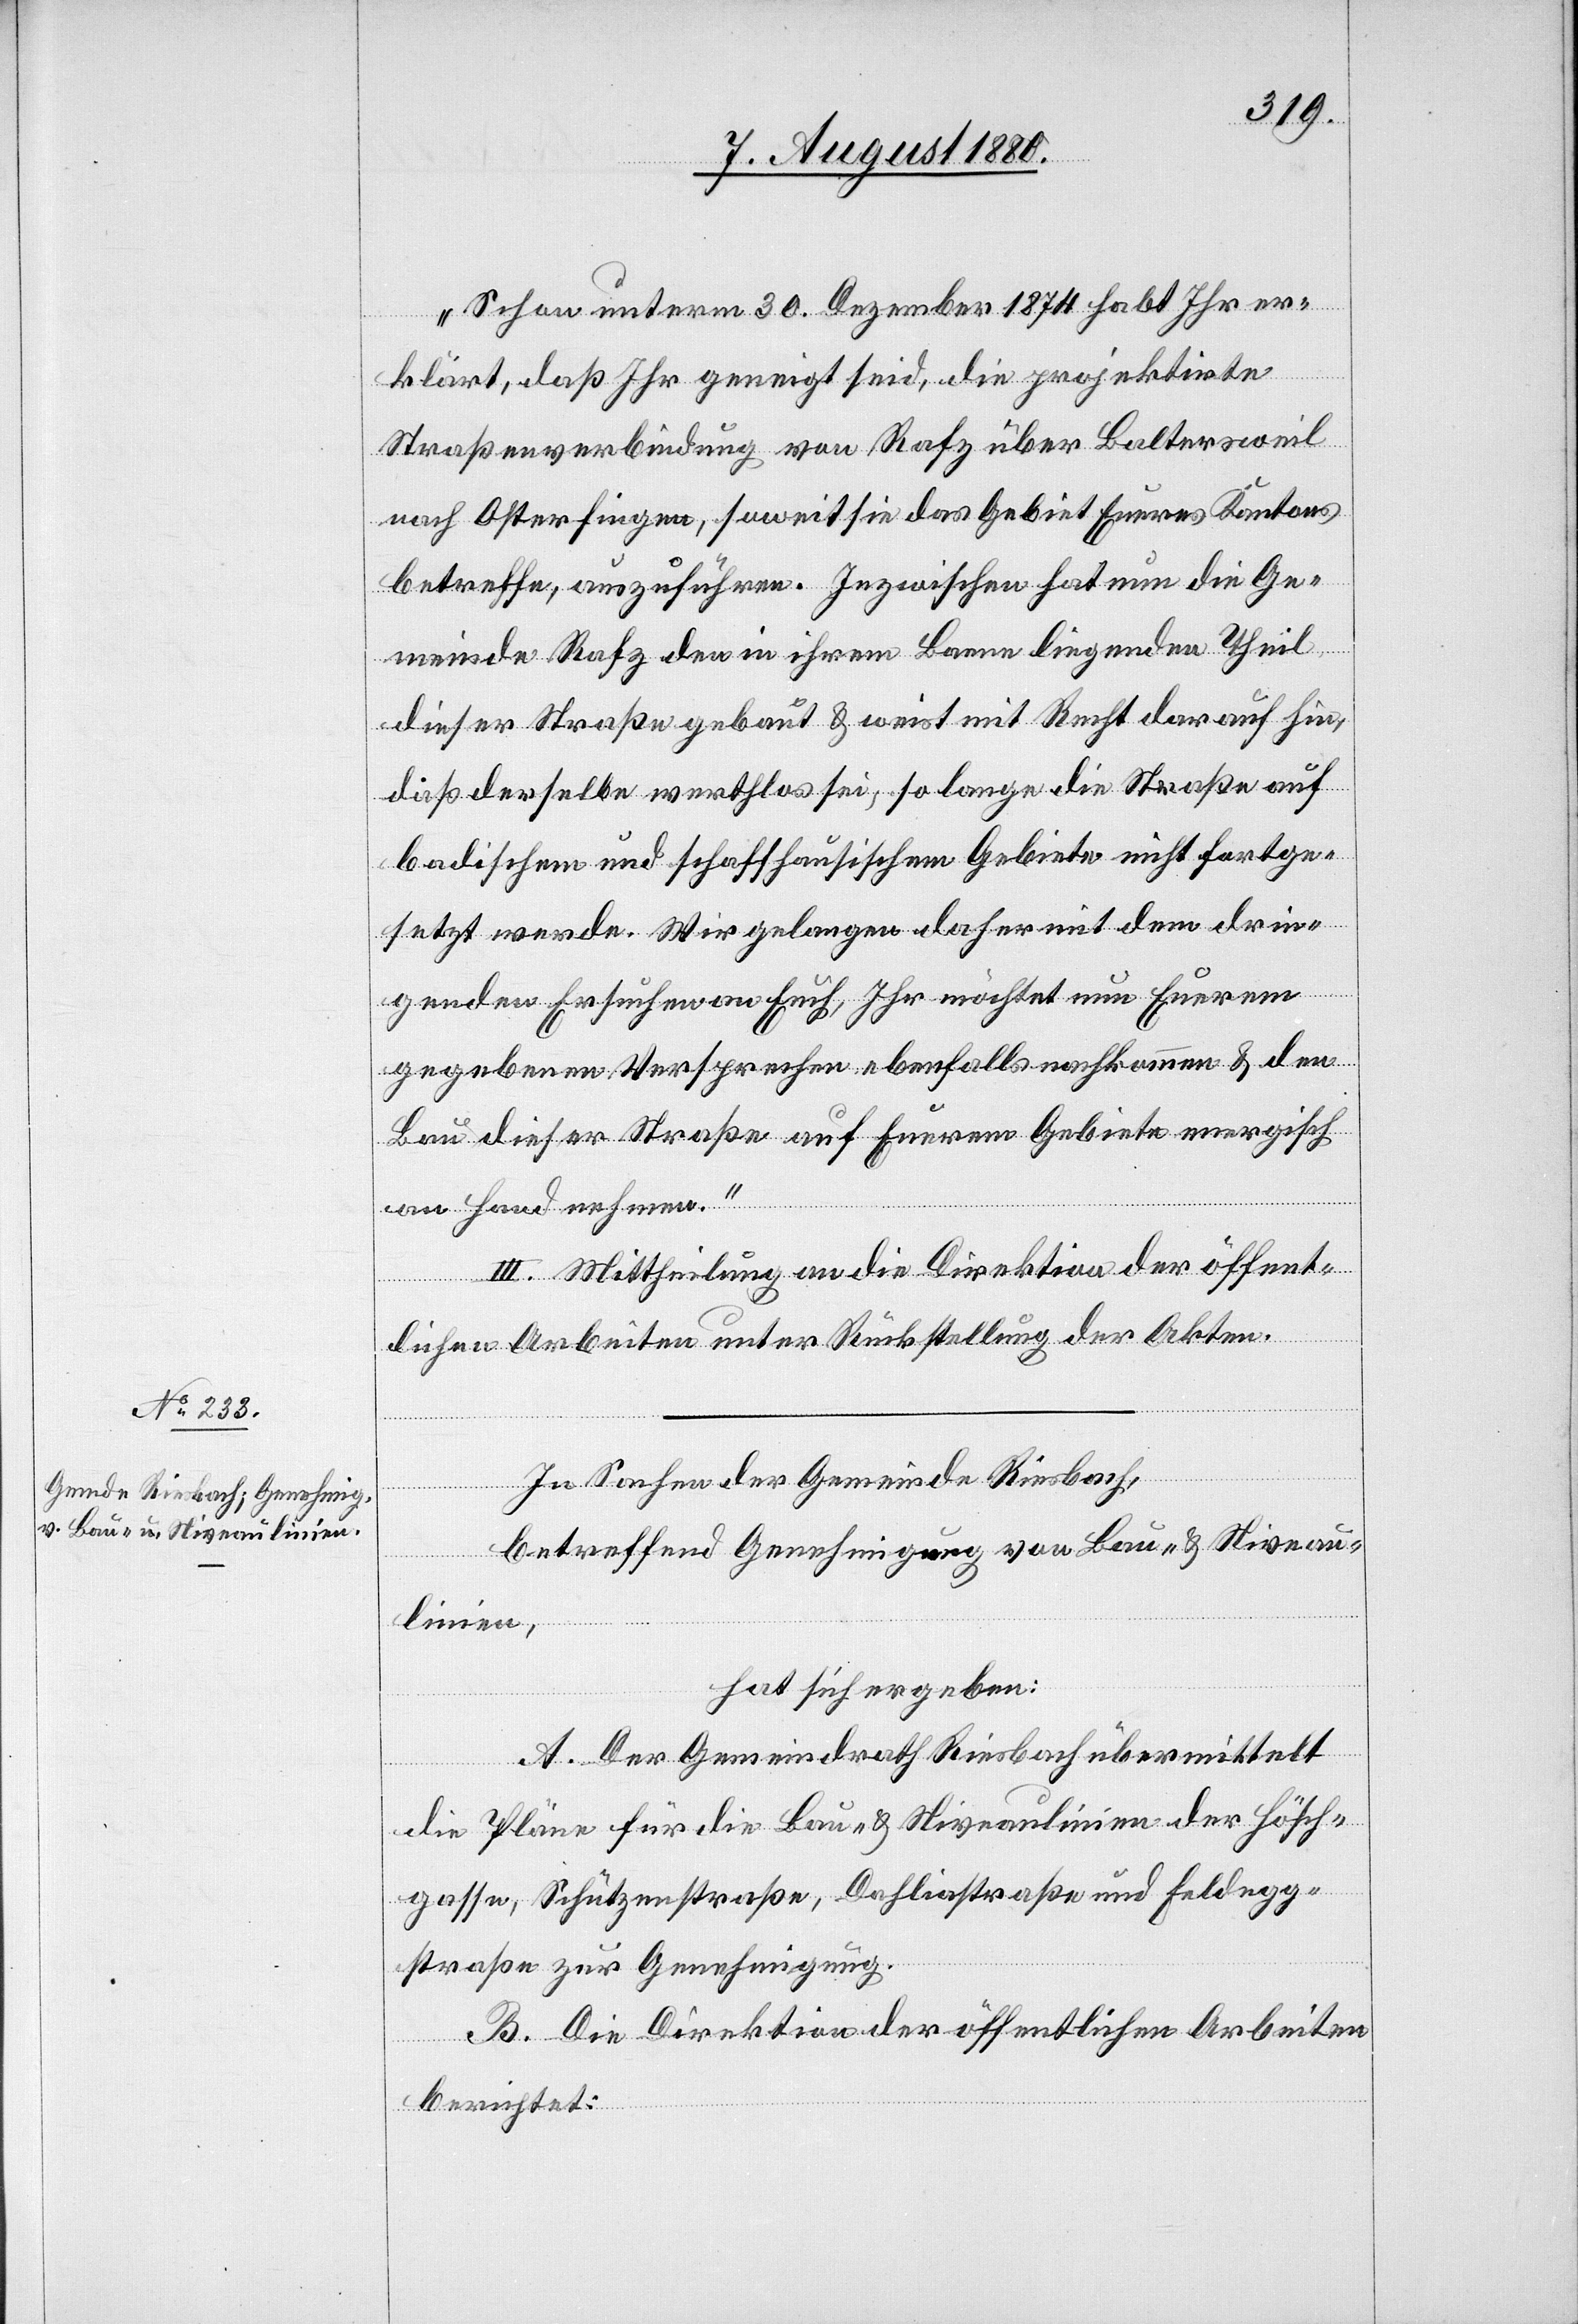
„Schon unterm 30. Dezember 1874 habt Ihr er¬
klärt, daß Ihr geneigt seid, die projektirte
Straßenverbindung von Rafz über Baltersweil
nach Osterfingen, soweit sie das Gebiet Eueres Kantons
betreffen, auszuführen. Inzwischen hat nun die Ge¬
meinde Rafz den in ihrem Banne liegenden Theil
dieser Straße gebaut & weist mit Recht darauf hin,
daß derselbe werthlos sei, so lange die Straße auf
badischem und schaffhausischem Gebiete nicht fortge¬
setzt werde. Wir gelangen daher mit dem drin¬
genden Ersuchen an Euch, Ihr möchtet nun Eurem
gegebenen Versprechen ebenfalls nachkommen & den
Bau dieser Straße auf Eurem Gebiete energisch
an Hand nehmen.“
III. Mittheilung an die Direktion der öffent¬
lichen Arbeiten unter Rückstellung der Akten.
In Sachen der Gemeinde Riesbach,
betreffend Genehmigung von Bau- & Niveau¬
linien,
hat sich ergeben:
A. Der Gemeindrath Riesbach übermittelt
die Pläne für die Bau- & Niveaulinien der Hösch¬
gasse, Schützenstraße, Dahliastraße und Feldegg¬
straße zur Genehmigung.
B. Die Direktion der öffentlichen Arbeiten
berichtet: